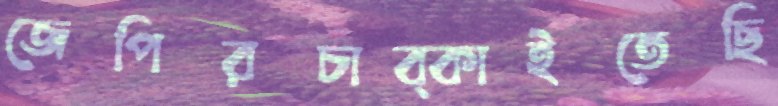
জেপিরচাব্‌কাইতেছি